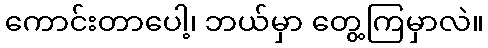
ကောင်းတာပေါ့၊ ဘယ်မှာ တွေ့ကြမှာလဲ။